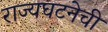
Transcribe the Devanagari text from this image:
राज्यघटनेची